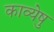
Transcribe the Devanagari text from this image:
काव्येषु